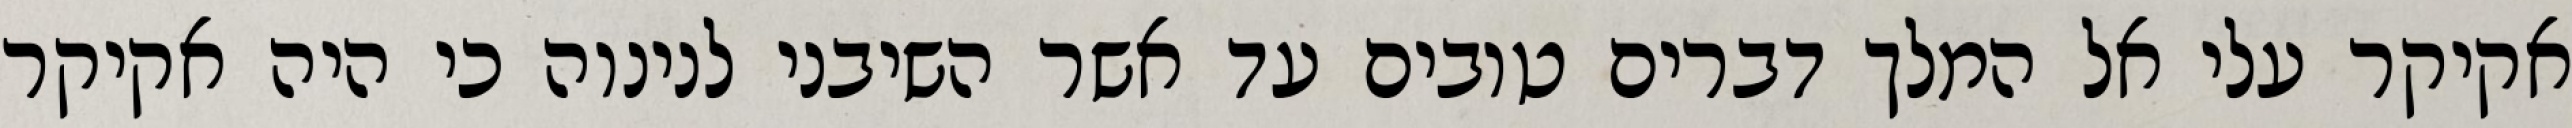
אקיקר עלי אל המלך דברים טובים עד אשר השיבני לנינוה כי היה אקיקר